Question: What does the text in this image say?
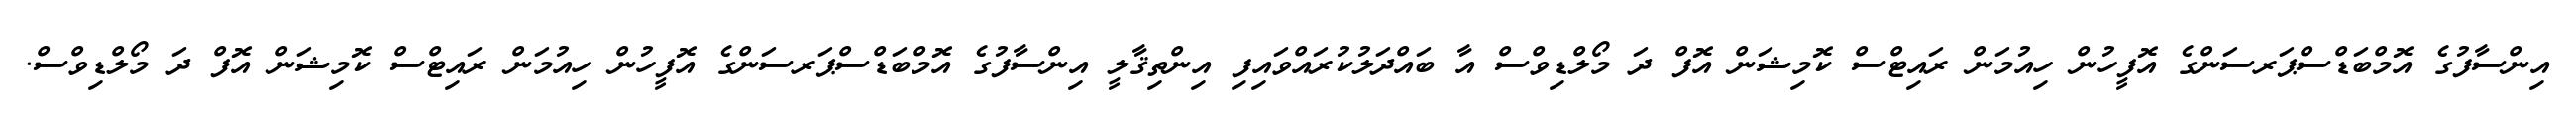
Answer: އިންސާފުގެ އޮމްބަޑްސްޕަރސަންގެ އޮފީހުން ހިއުމަން ރައިޓްސް ކޮމިޝަން އޮފް ދަ މޯލްޑިވްސް އާ ބައްދަލުކުރައްވައިފި އިންތިޤާލީ އިންސާފުގެ އޮމްބަޑްސްޕަރސަންގެ އޮފީހުން ހިއުމަން ރައިޓްސް ކޮމިޝަން އޮފް ދަ މޯލްޑިވްސް.